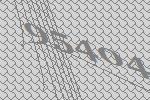
95404